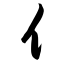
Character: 亻